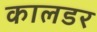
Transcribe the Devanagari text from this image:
कालडर